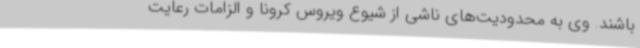
باشند. وی به محدودیت‌های ناشی از شیوع ویروس کرونا و الزامات رعایت